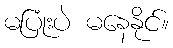
မပြုံးပဲ မနေနိုင်။